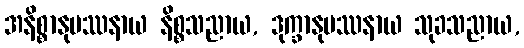
အနိစ္စာနုပဿနာယ နိစ္စသညာယ, ဒုက္ခာနုပဿနာယ သုခသညာယ,